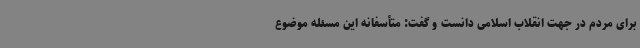
برای مردم در جهت انقلاب اسلامی دانست و گفت: متأسفانه این مسئله موضوع